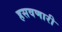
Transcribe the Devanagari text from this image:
हसवणारी